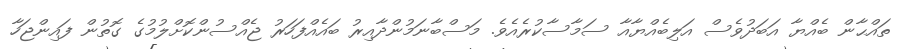
ތައްޙާން ބެއްޔާ އަބަދުވެސް އަލިބެއްޔާއާ ސަމާސާކުރެއެވެ. މަސްބާނަމުންދާއިރު ބައެއްފަހަރު ޖެއްސުންކޮށްލުމުގެ ގޮތުން ފައިންޖަހާ